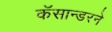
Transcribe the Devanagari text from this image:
कॅसान्डरने